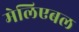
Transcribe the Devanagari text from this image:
मेलिएबल